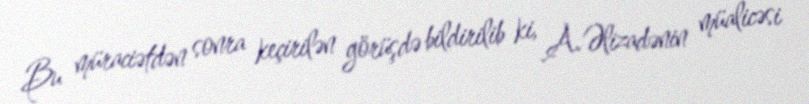
Bu müraciətdən sonra keçirilən görüşdə bildirilib ki, A.Əlizadənin müalicəsi